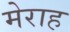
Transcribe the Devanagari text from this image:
मेराह